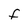
Character: F